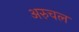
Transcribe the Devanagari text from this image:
अरुचल